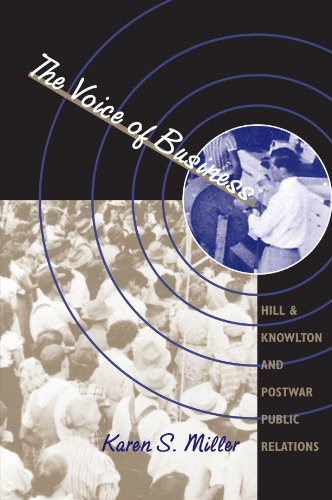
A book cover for The Voice of Business: Hill & Knowlton and Postwar Public Relations (The Luther H. Hodges Jr. and Luther H. Hodges Sr. Series on Business, Entrepreneurship, and Public Policy); Karen S. Miller; Business & Money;